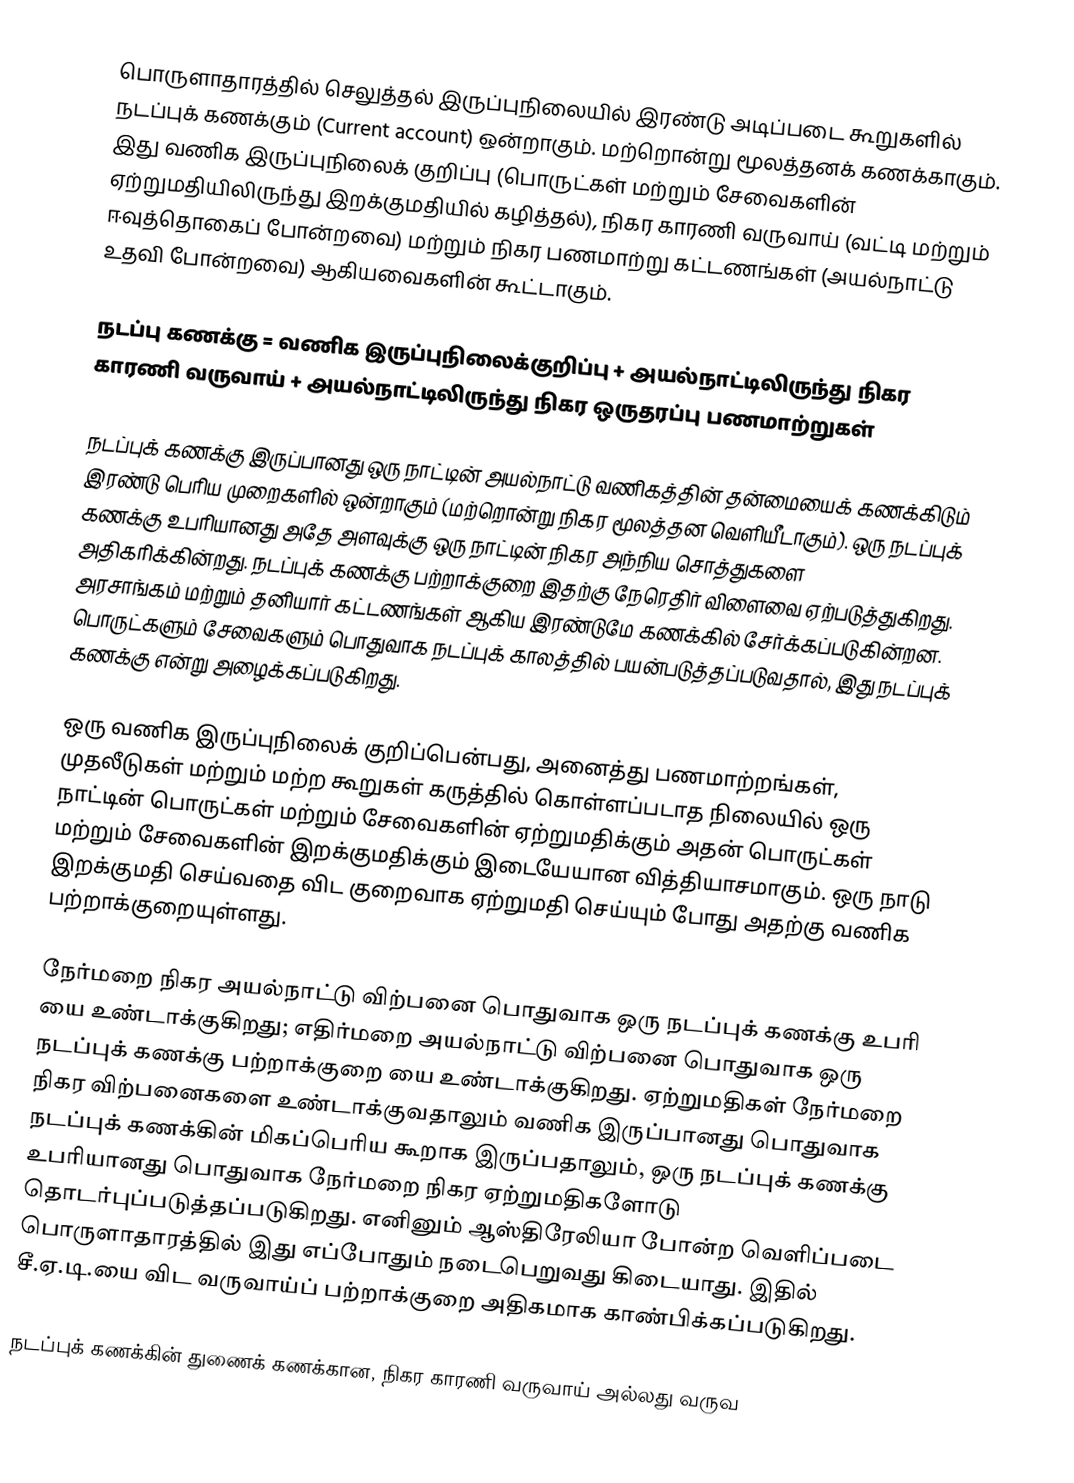
பொருளாதாரத்தில் செலுத்தல் இருப்புநிலையில் இரண்டு அடிப்படை கூறுகளில் நடப்புக் கணக்கும் (Current account) ஒன்றாகும். மற்றொன்று மூலத்தனக் கணக்காகும். இது வணிக இருப்புநிலைக் குறிப்பு (பொருட்கள் மற்றும் சேவைகளின் ஏற்றுமதியிலிருந்து இறக்குமதியில் கழித்தல்), நிகர காரணி வருவாய் (வட்டி மற்றும் ஈவுத்தொகைப் போன்றவை) மற்றும் நிகர பணமாற்று கட்டணங்கள் (அயல்நாட்டு உதவி போன்றவை) ஆகியவைகளின் கூட்டாகும்.

நடப்பு கணக்கு = வணிக இருப்புநிலைக்குறிப்பு + அயல்நாட்டிலிருந்து நிகர காரணி வருவாய் + அயல்நாட்டிலிருந்து நிகர ஒருதரப்பு பணமாற்றுகள்

நடப்புக் கணக்கு இருப்பானது ஒரு நாட்டின் அயல்நாட்டு வணிகத்தின் தன்மையைக் கணக்கிடும் இரண்டு பெரிய முறைகளில் ஒன்றாகும் (மற்றொன்று நிகர மூலத்தன வெளியீடாகும்). ஒரு நடப்புக் கணக்கு உபரியானது அதே அளவுக்கு ஒரு நாட்டின் நிகர அந்நிய சொத்துகளை அதிகரிக்கின்றது. நடப்புக் கணக்கு பற்றாக்குறை இதற்கு நேரெதிர் விளைவை ஏற்படுத்துகிறது. அரசாங்கம் மற்றும் தனியார் கட்டணங்கள் ஆகிய இரண்டுமே கணக்கில் சேர்க்கப்படுகின்றன. பொருட்களும் சேவைகளும் பொதுவாக நடப்புக் காலத்தில் பயன்படுத்தப்படுவதால், இது நடப்புக் கணக்கு என்று அழைக்கப்படுகிறது.

ஒரு வணிக இருப்புநிலைக் குறிப்பென்பது, அனைத்து பணமாற்றங்கள், முதலீடுகள் மற்றும் மற்ற கூறுகள் கருத்தில் கொள்ளப்படாத நிலையில் ஒரு நாட்டின் பொருட்கள் மற்றும் சேவைகளின் ஏற்றுமதிக்கும் அதன் பொருட்கள் மற்றும் சேவைகளின் இறக்குமதிக்கும் இடையேயான வித்தியாசமாகும். ஒரு நாடு இறக்குமதி செய்வதை விட குறைவாக ஏற்றுமதி செய்யும் போது அதற்கு வணிக பற்றாக்குறையுள்ளது.

நேர்மறை நிகர அயல்நாட்டு விற்பனை பொதுவாக ஒரு நடப்புக் கணக்கு உபரி யை உண்டாக்குகிறது; எதிர்மறை அயல்நாட்டு விற்பனை பொதுவாக ஒரு நடப்புக் கணக்கு பற்றாக்குறை யை உண்டாக்குகிறது. ஏற்றுமதிகள் நேர்மறை நிகர விற்பனைகளை உண்டாக்குவதாலும் வணிக இருப்பானது பொதுவாக நடப்புக் கணக்கின் மிகப்பெரிய கூறாக இருப்பதாலும், ஒரு நடப்புக் கணக்கு உபரியானது பொதுவாக நேர்மறை நிகர ஏற்றுமதிகளோடு தொடர்புப்படுத்தப்படுகிறது. எனினும் ஆஸ்திரேலியா போன்ற வெளிப்படை பொருளாதாரத்தில் இது எப்போதும் நடைபெறுவது கிடையாது. இதில் சீ.ஏ.டி.யை விட வருவாய்ப் பற்றாக்குறை அதிகமாக காண்பிக்கப்படுகிறது.

நடப்புக் கணக்கின் துணைக் கணக்கான, நிகர காரணி வருவாய் அல்லது வருவ